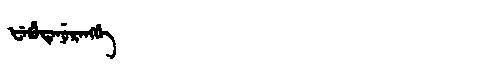
Manchu: ᡶᡝᡥᡠᡨᡝᠨᡠᡵᡝᠩᡤᡝ
Romanization: FEHUTENURENGGE